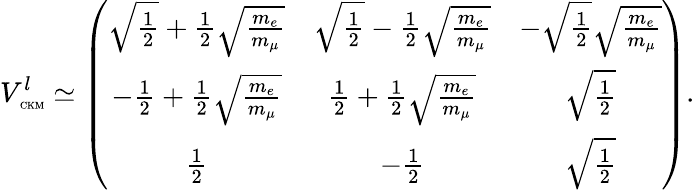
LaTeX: V_{\mathrm{\tiny~CKM}}^{l}\simeq\left(\begin{array}{ccc}{{\sqrt{\frac{1}{2}}+\frac{1}{2}\sqrt{\frac{m_{e}}{m_{\mu}}}}}&{{\sqrt{\frac{1}{2}}-\frac{1}{2}\sqrt{\frac{m_{e}}{m_{\mu}}}}}&{{-\sqrt{\frac{1}{2}}\sqrt{\frac{m_{e}}{m_{\mu}}}}}\\ {{-\frac{1}{2}+\frac{1}{2}\sqrt{\frac{m_{e}}{m_{\mu}}}}}&{{\frac{1}{2}+\frac{1}{2}\sqrt{\frac{m_{e}}{m_{\mu}}}}}&{{\sqrt{\frac{1}{2}}}}\\ {{\frac{1}{2}}}&{{-\frac{1}{2}}}&{{\sqrt{\frac{1}{2}}}}\end{array}\right).